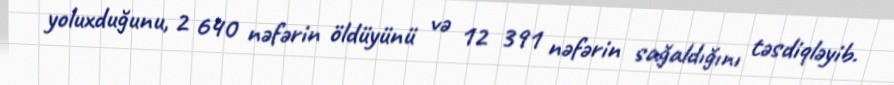
yoluxduğunu, 2 640 nəfərin öldüyünü və 12 391 nəfərin sağaldığını təsdiqləyib.